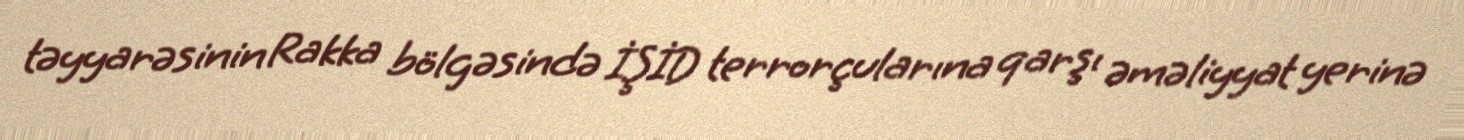
təyyarəsinin Rakka bölgəsində İŞİD terrorçularına qarşı əməliyyat yerinə